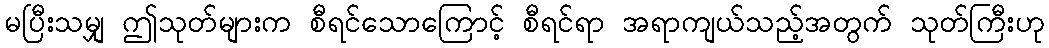
မပြီးသမျှ ဤသုတ်များက စီရင်သောကြောင့် စီရင်ရာ အရာကျယ်သည့်အတွက် သုတ်ကြီးဟု